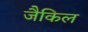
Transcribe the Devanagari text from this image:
जैकिल